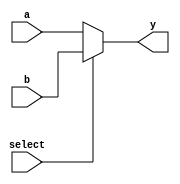
`timescale 1ns / 1ps
//////////////////////////////////////////////////////////////////////////////////
// Company: 
// Engineer: 
// 
// Design Name: 
// Module Name:    mux24a 
// Project Name: 
// Target Devices: 
// Tool versions: 
// Description: 
//
// Dependencies: 
//
// Revision: 
// Revision 0.01 - File Created
// Additional Comments: 
//
//////////////////////////////////////////////////////////////////////////////////
module mux24a(input[31:0] a,input[31:0] b,input select,output reg[31:0] y);
always @(select or a or b)
if(select==0) 
  y=a;
else y=b;

endmodule